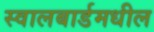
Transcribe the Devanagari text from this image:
स्वालबार्डमधील